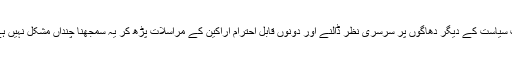
حالانکہ اس دھاگے سمیت سیاست کے دیگر دھاگوں پر سرسری نظر ڈالنے اور دونوں قابلِ احترام اراکین کے مراسلات پڑھ کر یہ سمجھنا چنداں مشکل نہیں ہے کہ کون کہاں کھڑا ہے۔